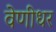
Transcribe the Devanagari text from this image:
वेणीधर